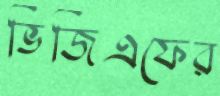
ভিজিএফের